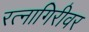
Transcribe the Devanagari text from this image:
रत्‍नागिरीवर